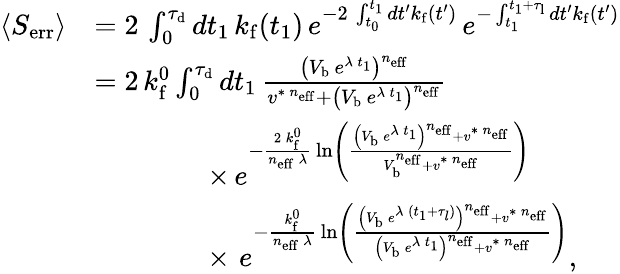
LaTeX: \begin{array}{rl}{\langle S_{\mathrm{err}}\rangle}&{=2\, \int_{0}^{\tau_{\mathrm{d}}}dt_{1}\, k_{\mathrm{f}}(t_{1})\, e^{-2\, \int_{t_{0}}^{t_{1}}dt^{\prime}k_{\mathrm{f}}(t^{\prime})}\, e^{-\int_{t_{1}}^{t_{1}+\tau_{\mathrm{l}}}dt^{\prime}k_{\mathrm{f}}(t^{\prime})}}\\ &{=2\, k_{\mathrm{f}}^{0}\int_{0}^{\tau_{\mathrm{d}}}dt_{1}\, \frac{\left(V_{\mathrm{b}}\, e^{\lambda\, t_{1}}\right)^{n_{\mathrm{eff}}}}{v^{\ast\, n_{\mathrm{eff}}}+\left(V_{\mathrm{b}}\, e^{\lambda\, t_{1}}\right)^{n_{\mathrm{eff}}}}}\\ &{\qquad\qquad\times\, e^{-\frac{2\, k_{\mathrm{f}}^{0}}{n_{\mathrm{eff}}\, \lambda}\, \ln\left(\frac{\left(V_{\mathrm{b}}\, e^{\lambda\, t_{1}}\right)^{n_{\mathrm{eff}}}+v^{\ast\, n_{\mathrm{eff}}}}{V_{\mathrm{b}}^{n_{\mathrm{eff}}}+v^{\ast\, n_{\mathrm{eff}}}}\right)}}\\ &{\qquad\qquad\times\, \, e^{-\frac{k_{\mathrm{f}}^{0}}{n_{\mathrm{eff}}\, \lambda}\, \ln\left(\frac{\left(V_{\mathrm{b}}\, e^{\lambda\, (t_{1}+\tau_{l})}\right)^{n_{\mathrm{eff}}}+v^{\ast\, n_{\mathrm{eff}}}}{\left(V_{\mathrm{b}}\, e^{\lambda\, t_{1}}\right)^{n_{\mathrm{eff}}}+v^{\ast\, n_{\mathrm{eff}}}}\right)},}\end{array}